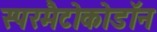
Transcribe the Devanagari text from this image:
स्परमैटोकोडॉन